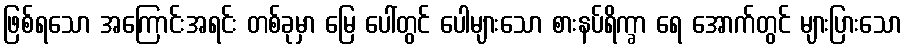
ဖြစ်ရသော အကြောင်းအရင်း တစ်ခုမှာ မြေ ပေါ်တွင် ပေါများသော စားနပ်ရိက္ခာ ရေ အောက်တွင် များပြားသော